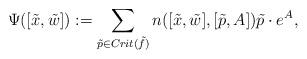
LaTeX: \begin{align*}\Psi ([\tilde x, \tilde w]): = \sum_{\tilde p \in Crit (\tilde f)} n ([\tilde x, \tilde w], [\tilde p, A] ) \tilde p\cdot e^ A, \end{align*}